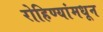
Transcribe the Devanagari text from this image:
रोहिण्यांमधून